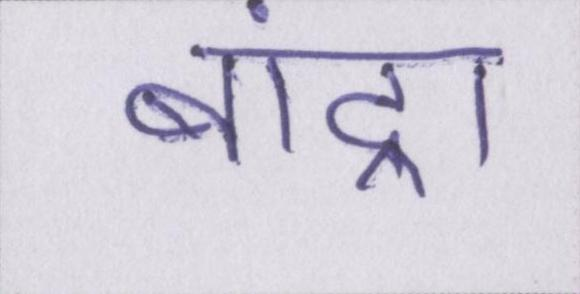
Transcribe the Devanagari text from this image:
बांद्रा